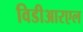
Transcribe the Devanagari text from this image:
विडीआरएल